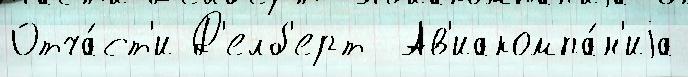
Отча́ст'и Д'елб'ерт  Ав'иакомпа́н'иjа